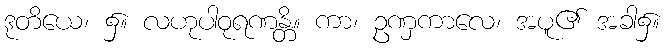
ဒုတိယေ၊ ၌။ လဟုပါဝုရဏန္တိ။ ကာ၊ ဥဏှကာလေ၊ အပူ၏ အခါ၌။